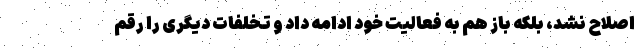
اصلاح نشد، بلکه باز هم به فعالیت خود ادامه داد و تخلفات دیگری را رقم